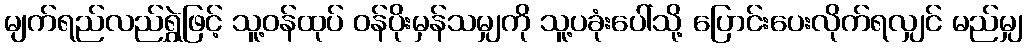
မျက်ရည်လည်ရွှဲဖြင့် သူ့ဝန်ထုပ် ဝန်ပိုးမှန်သမျှကို သူ့ပခုံးပေါ်သို့ ပြောင်းပေးလိုက်ရလျှင် မည်မျှ